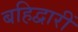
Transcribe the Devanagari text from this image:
बहिद्वारीं